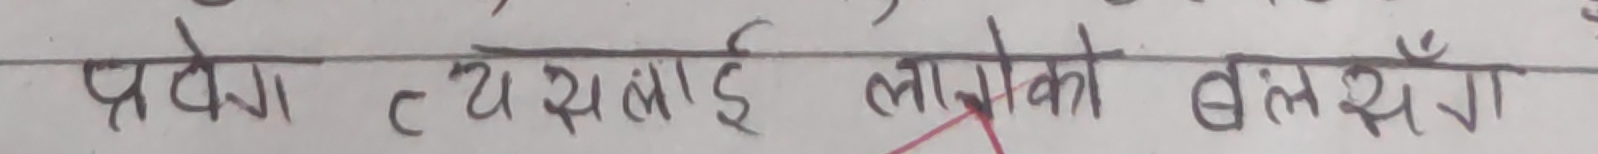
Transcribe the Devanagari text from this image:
प्रवेग त्यसलाई लागेको बलसँग